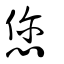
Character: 您